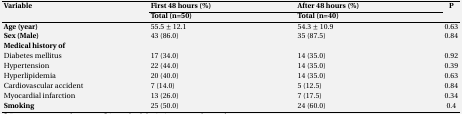
| <ROWSPAN=2> Variable | First 48 hours (%) | After 48 hours (%) | <ROWSPAN=2> P |
 | Total (n=50) | Total (n=40) |
 | --- | --- | --- | --- |
 | Age (year) | 55.5 ± 12.1 | 54.3 ± 10.9 | 0.63 |
 | Sex (Male) | 43 (86.0) | 35 (87.5) | 0.84 |
 | Medical history of |  |  |  |
 | Diabetes mellitus | 17 (34.0) | 14 (35.0) | 0.92 |
 | Hypertension | 22 (44.0) | 14 (35.0) | 0.39 |
 | Hyperlipidemia | 20 (40.0) | 14 (35.0) | 0.63 |
 | Cardiovascular accident | 7 (14.0) | 5 (12.5) | 0.84 |
 | Myocardial infarction | 13 (26.0) | 7 (17.5) | 0.34 |
 | Smoking | 25 (50.0) | 24 (60.0) | 0.4 |